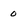
Character: 0